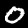
Digit: 0